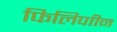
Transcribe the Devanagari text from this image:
फिलिपाीन